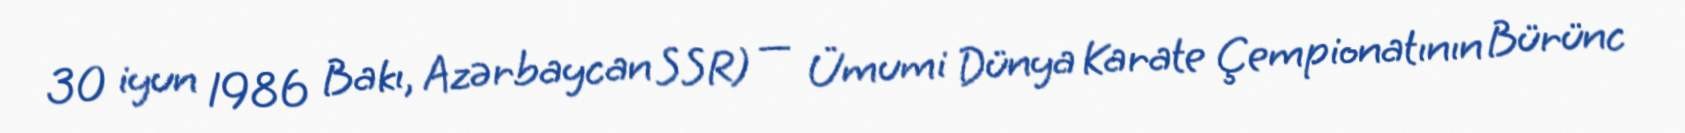
30 iyun 1986 Bakı, Azərbaycan SSR) — Ümumi Dünya Karate Çempionatının Bürünc